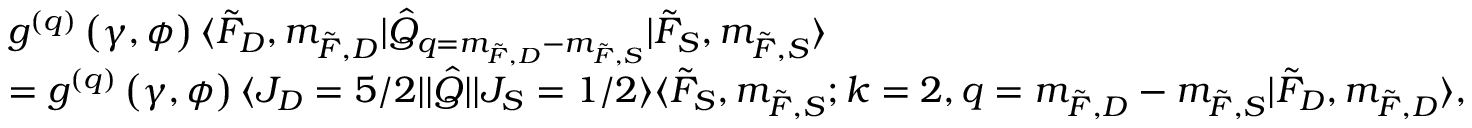
\begin{array} { r l } & { g ^ { ( q ) } \left( \gamma , \phi \right) \langle \Tilde { F } _ { D } , m _ { \Tilde { F } , D } \rvert \hat { Q } _ { q = m _ { \Tilde { F } , D } - m _ { \Tilde { F } , S } } \lvert \Tilde { F } _ { S } , m _ { \Tilde { F } , S } \rangle } \\ & { = g ^ { ( q ) } \left( \gamma , \phi \right) \langle J _ { D } = 5 / 2 \rvert \lvert \hat { Q } \rvert \lvert J _ { S } = 1 / 2 \rangle \langle \Tilde { F } _ { S } , m _ { \Tilde { F } , S } ; k = 2 , q = m _ { \Tilde { F } , D } - m _ { \Tilde { F } , S } \lvert \Tilde { F } _ { D } , m _ { \Tilde { F } , D } \rangle , } \end{array}